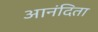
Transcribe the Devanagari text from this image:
आनंदिता